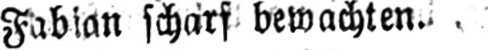
Fabian scharf bewachten.